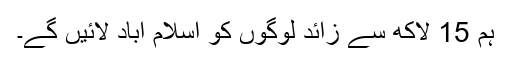
ہم 15 لاکھ سے زائد لوگوں کو اسلام آباد لائیں گے۔